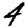
Digit: 4